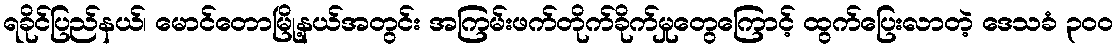
ရခိုင်ပြည်နယ်၊ မောင်တောမြို့နယ်အတွင်း အကြမ်းဖက်တိုက်ခိုက်မှုတွေကြောင့် ထွက်ပြေးလာတဲ့ ဒေသခံ ၃၀၀